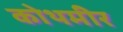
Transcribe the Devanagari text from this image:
कोथमीर